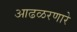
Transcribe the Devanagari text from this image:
आढळरणारे